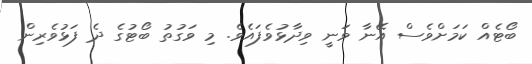
ބޯޓެއް ކަމަށްވެސް އޭނާ ވަނީ ވިދާޅުވެފައެވެ. މި ވަގުތު ބޯޓުގެ ދެ ފަޅުވެރިން